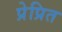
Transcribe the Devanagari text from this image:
प्रेप्रित